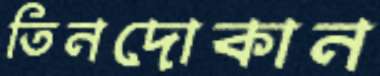
তিনদোকান